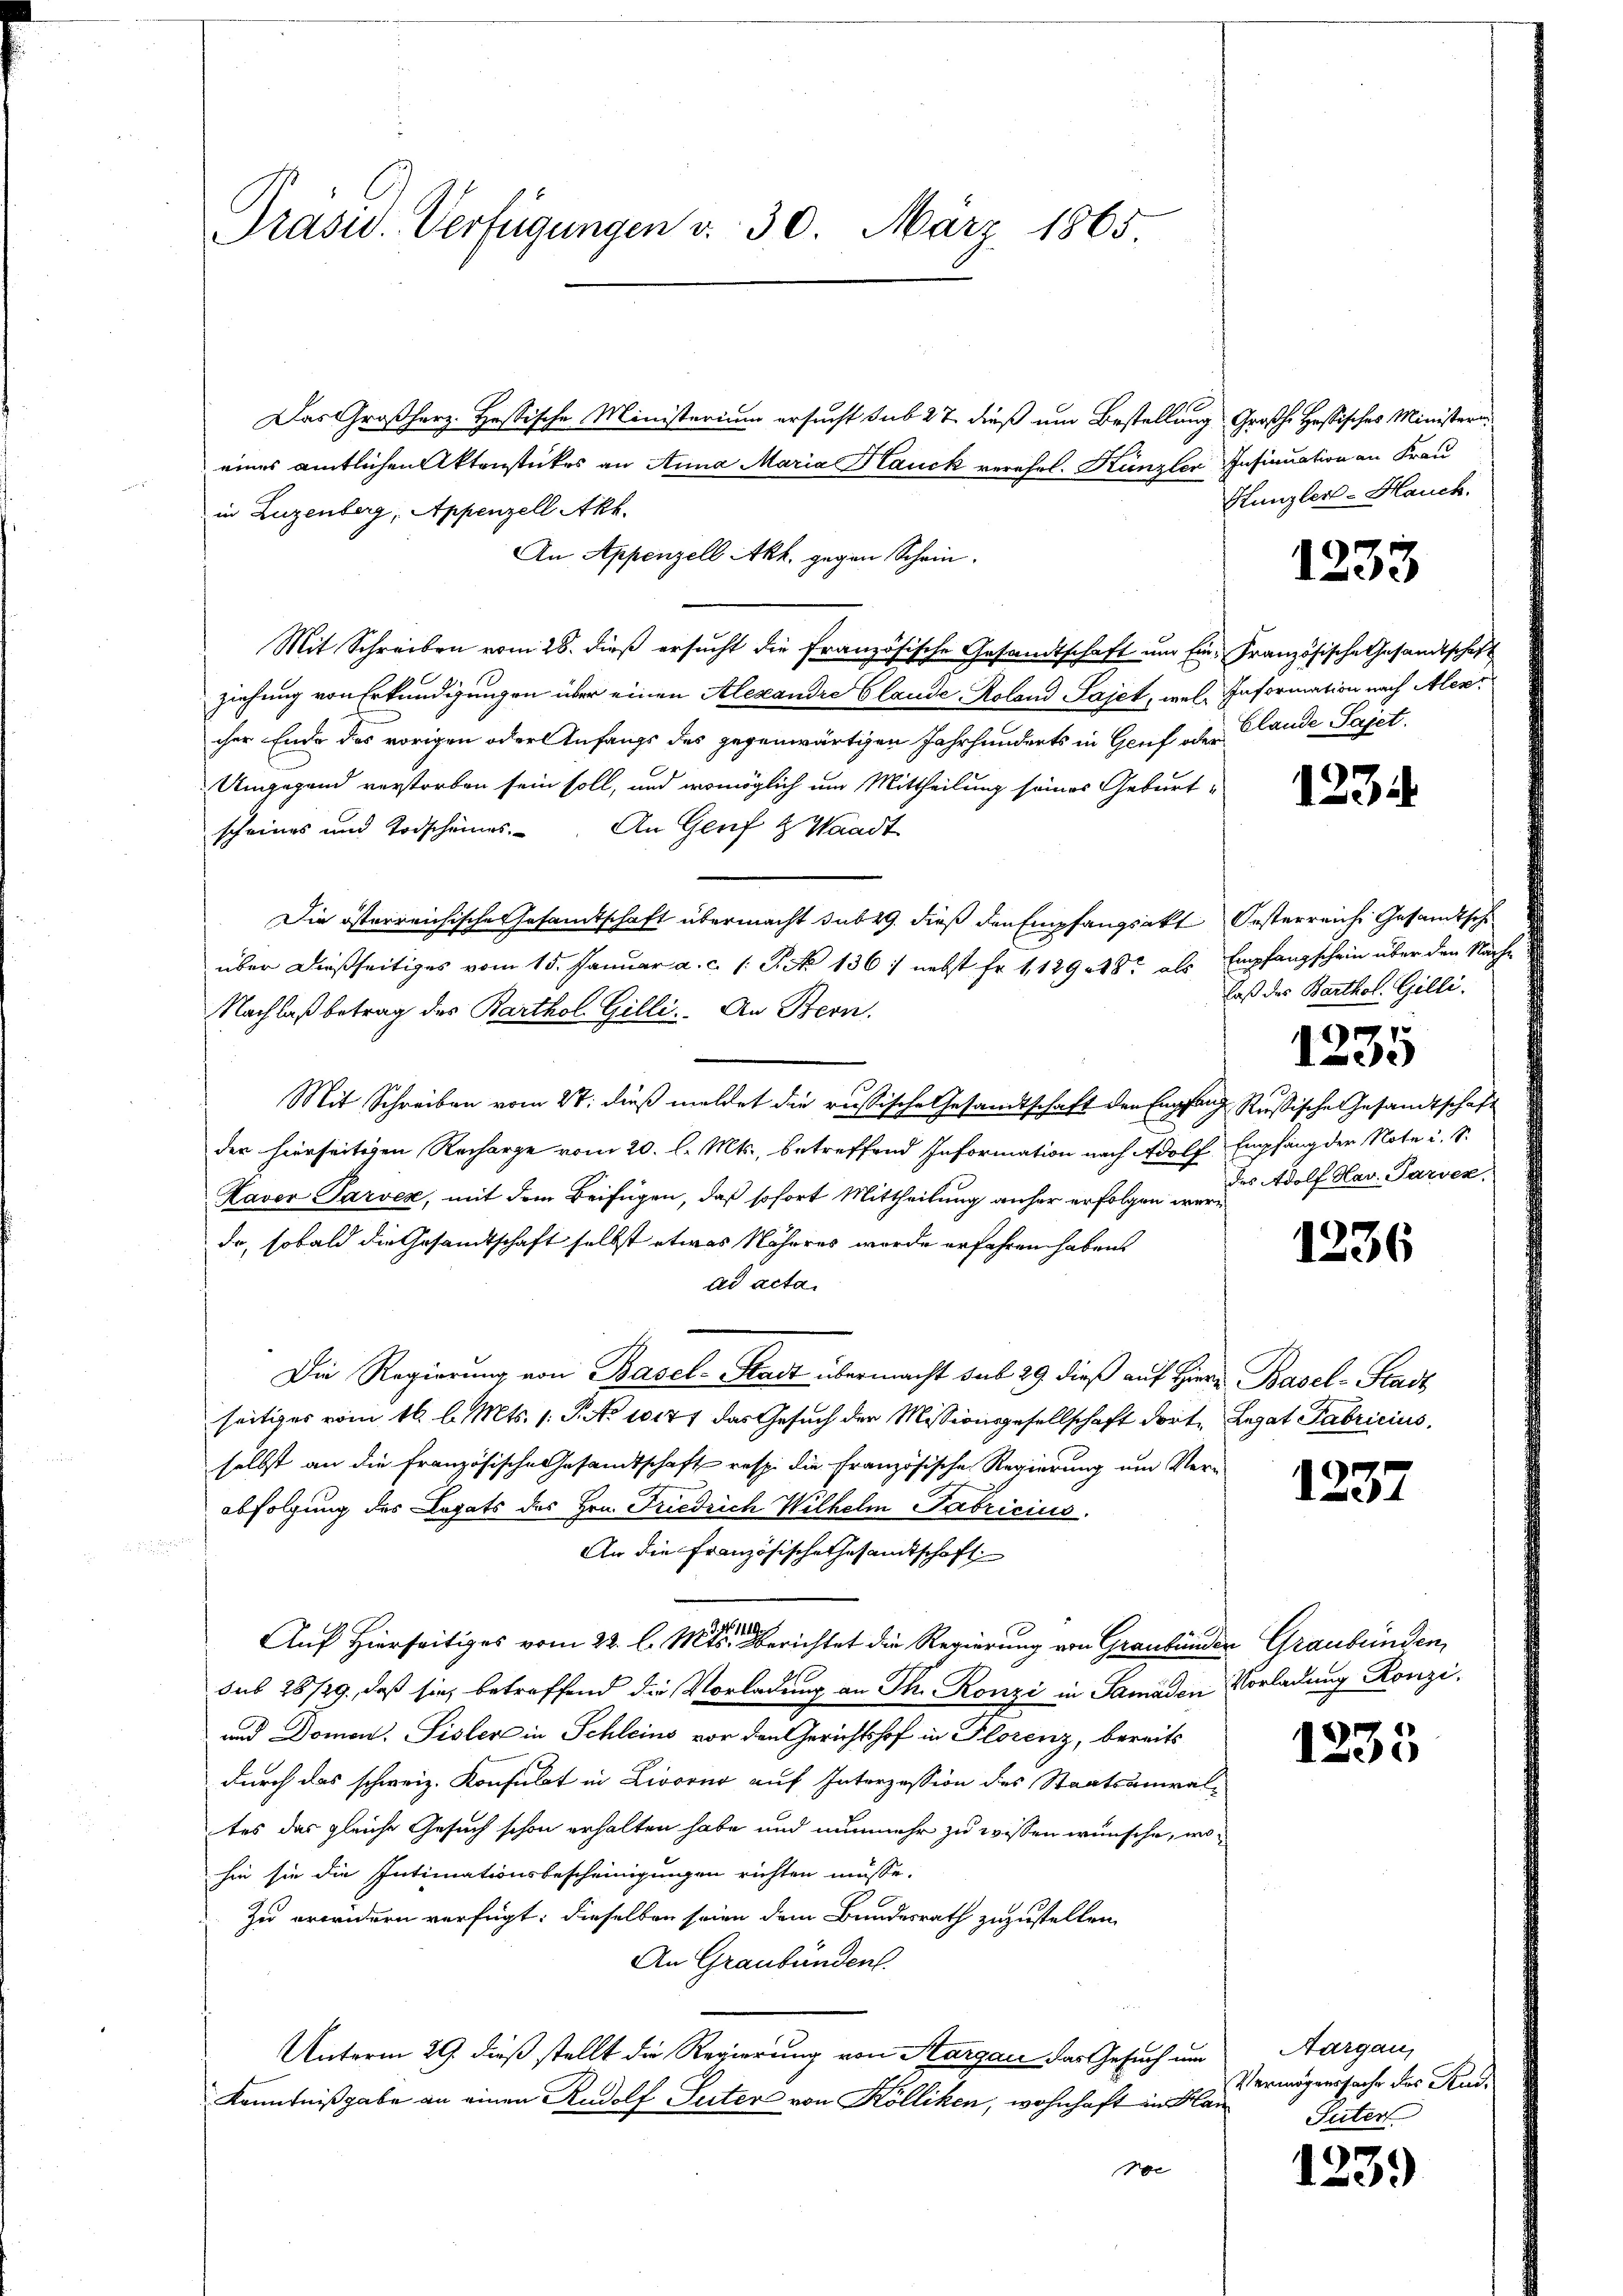
Präsid. Verfügungen v. 30. März 1865.

Das Großherz. Hessische Ministerium ersucht sub 27 dieß um Bestellung Großh. Hessisches Ministern
eines amtlichen Aktenstückes an Anna Maria Hauck verehel. Kanzler Insinuation an Frau
in Luzenberg, Appenzell Akh.
An Appenzell Akh. gegen Schein¬
Mit Schreiben vom 28. dieß ersucht die französische Gesandtschaft um Ein- Französische Gesandtschaft
ziehung von Erkundigungen über einen Alexandre Claude Roland Sajet, wel Information nach Alexi
cher Ende des vorigen oder Anfangs des gegenwärtigen Jahrhunderts in Genf oder Glande Sajet.
Umgegend verstorben sein soll, und womöglich um Mittheilung seines Geburt
scheines und Todscheines. An Genf & Waadt
Die österreichische Gesamtschaft übermacht sub 29. dieß den Empfangsakt Oesterreiche Gesandtsch
über dießseitiges vom 15. Januar a. c. (: P. Nr. 136: nebst Fr. 1, 12948 als Empfangschein über den Nach
Nachlaß betrag des Barthol. Gilli. An Bern.
Mit Schreiben vom 27. dieß meldet die russische Gesandtschaft den Empfang Rußische Gesandtschaft
der hierseitigen Recharge vom 20. l. Mts., betreffend Information nach Adolf Empfang der Note u. S.
Haver Parver, mit dem Beifügen, daß sofort Mittheilung anher erfolgen werda, sobald die Gesamtschaft selbst etwas Näheres wurde erfahren haben,
ad acta.
Die Regierung von Basel-Stadt übermacht sub 29. dieß auf Hiern Basel-Stadt
seitiges vom 16. l. Mts. 1. P. No 10177 das Gesuch der Missionsgesellschaft dorte Legat Fabricius,
selbst an die französische Gesandtschaft resp. die Französische Regierung um Ver-
1237
abfolgung des Legats des Hrn. Friedrich Wilhelm Fabricius
dn der
An die Französische Gesamtschaft
1671
Auf Hierseitiges vom 22. l. Mts. berichtet die Regierung von Graubünder Graubünden
sub 28/29., daß sie, betreffend die Vorladung an Th. Ronzi in Samaden Vorladung Konzi¬
und Domon. Gisler in Schleins vor den Gerichtshof in Florenz, bereits
1235
durch das schweiz. Konsulat in Livorno auf Interzession des Staatsanwaltes das gleiche Gesuch schon erhalten habe und nunmehr zu wissen wünsche, wohie sie die Intimationsbescheinigungen richten müsse.
Zu erwidern verfügt: dieselben seien dem Bundesrath zuzustellen.
An Graubünden.
Unterm 29. dieß stellt die Regierung von Aargau das Gesuch um Aargau,
Vermögenssache des Rud.
Kenntnißgabe an einen Rudolf Suter von Kölliken, wohnhaft in Han
Suter
roc
1239

Hunzler-Hauch.

1233

laß das Barthol. Gilli.

des Adolf Hav. Parvez

1

)

1236